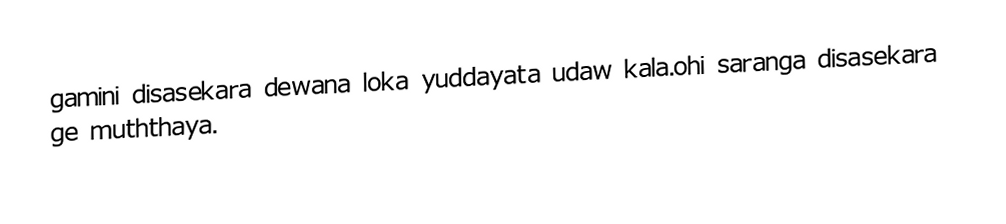
gamini disasekara dewana loka yuddayata udaw kala.ohi saranga disasekara ge muththaya.